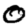
Digit: 0